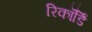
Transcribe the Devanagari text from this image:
रिकॉर्डिं